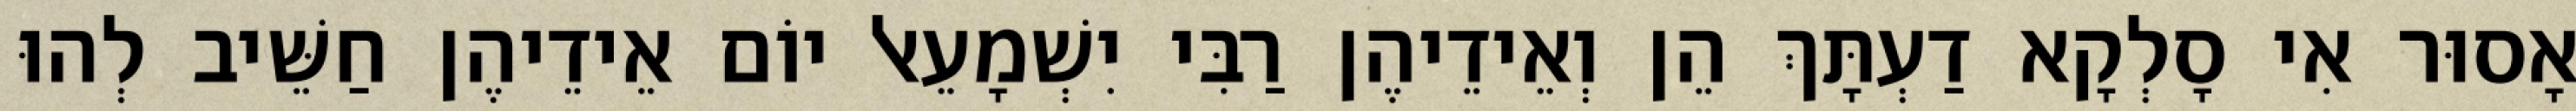
אָסוּר אִי סָלְקָא דַעְתָּךְ הֵן וְאֵידֵיהֶן רַבִּי יִשְׁמָעֵאל יוֹם אֵידֵיהֶן חַשֵּׁיב לְהוּ